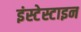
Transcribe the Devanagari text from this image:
इंस्टेस्टाइन